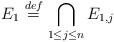
LaTeX: \begin{align*} E_1 \stackrel{def}{=} \bigcap_{1 \le j \le n} E_{1, j}\end{align*}